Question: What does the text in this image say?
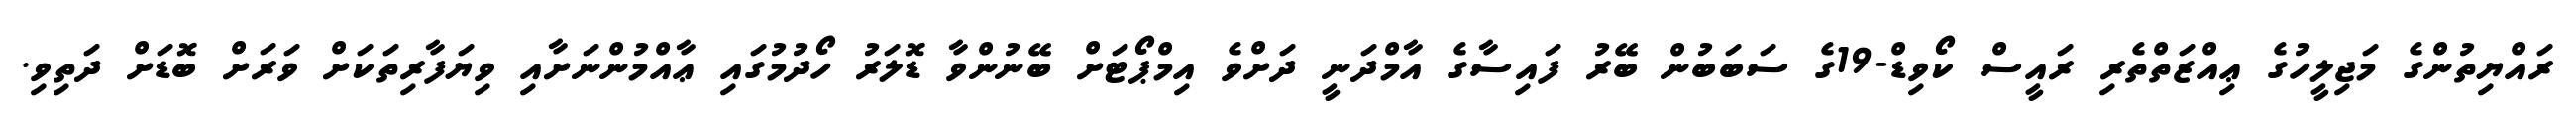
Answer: ރައްޔިތުންގެ މަޖިލީހުގެ ޢިއްޒަތްތެރި ރައީސް ކޯވިޑް-19ގެ ސަބަބުން ބޭރު ފައިސާގެ އާމްދަނީ ދަށްވެ އިމްޕޯޓަށް ބޭނުންވާ ޑޮލަރު ހޯދުމުގައި ޢާއްމުންނަށާއި ވިޔަފާރިތަކަށް ވަރަށް ބޮޑަށް ދަތިވި.